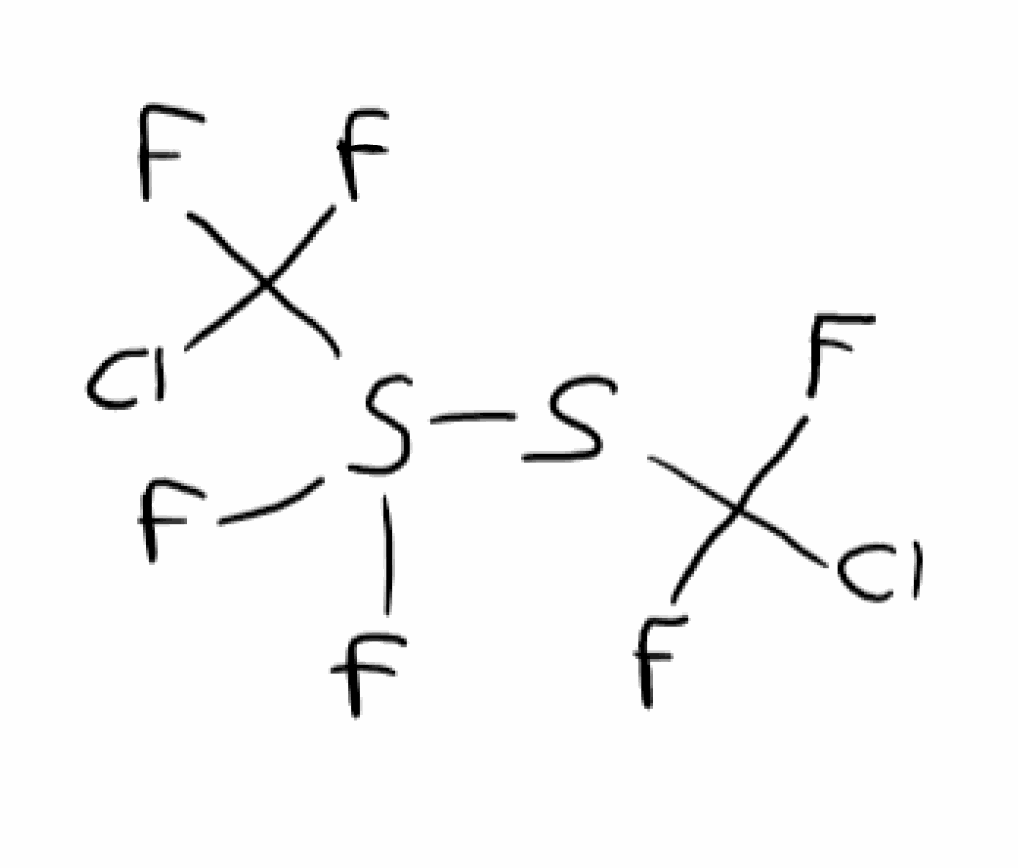
Simplified molecular-input line-entry system (SMILES) notation of the given molecule:
C(F)(F)(SS(C(F)(F)Cl)(F)F)Cl